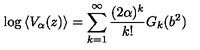
\log \left\langle V _ { \alpha } ( z ) \right\rangle = \sum _ { k = 1 } ^ { \infty } \frac { ( 2 \alpha ) ^ { k } } { k ! } G _ { k } ( b ^ { 2 } )